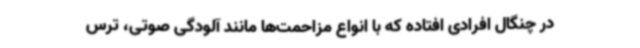
در چنگال افرادی افتاده که با انواع مزاحمت‌ها مانند آلودگی صوتی، ترس